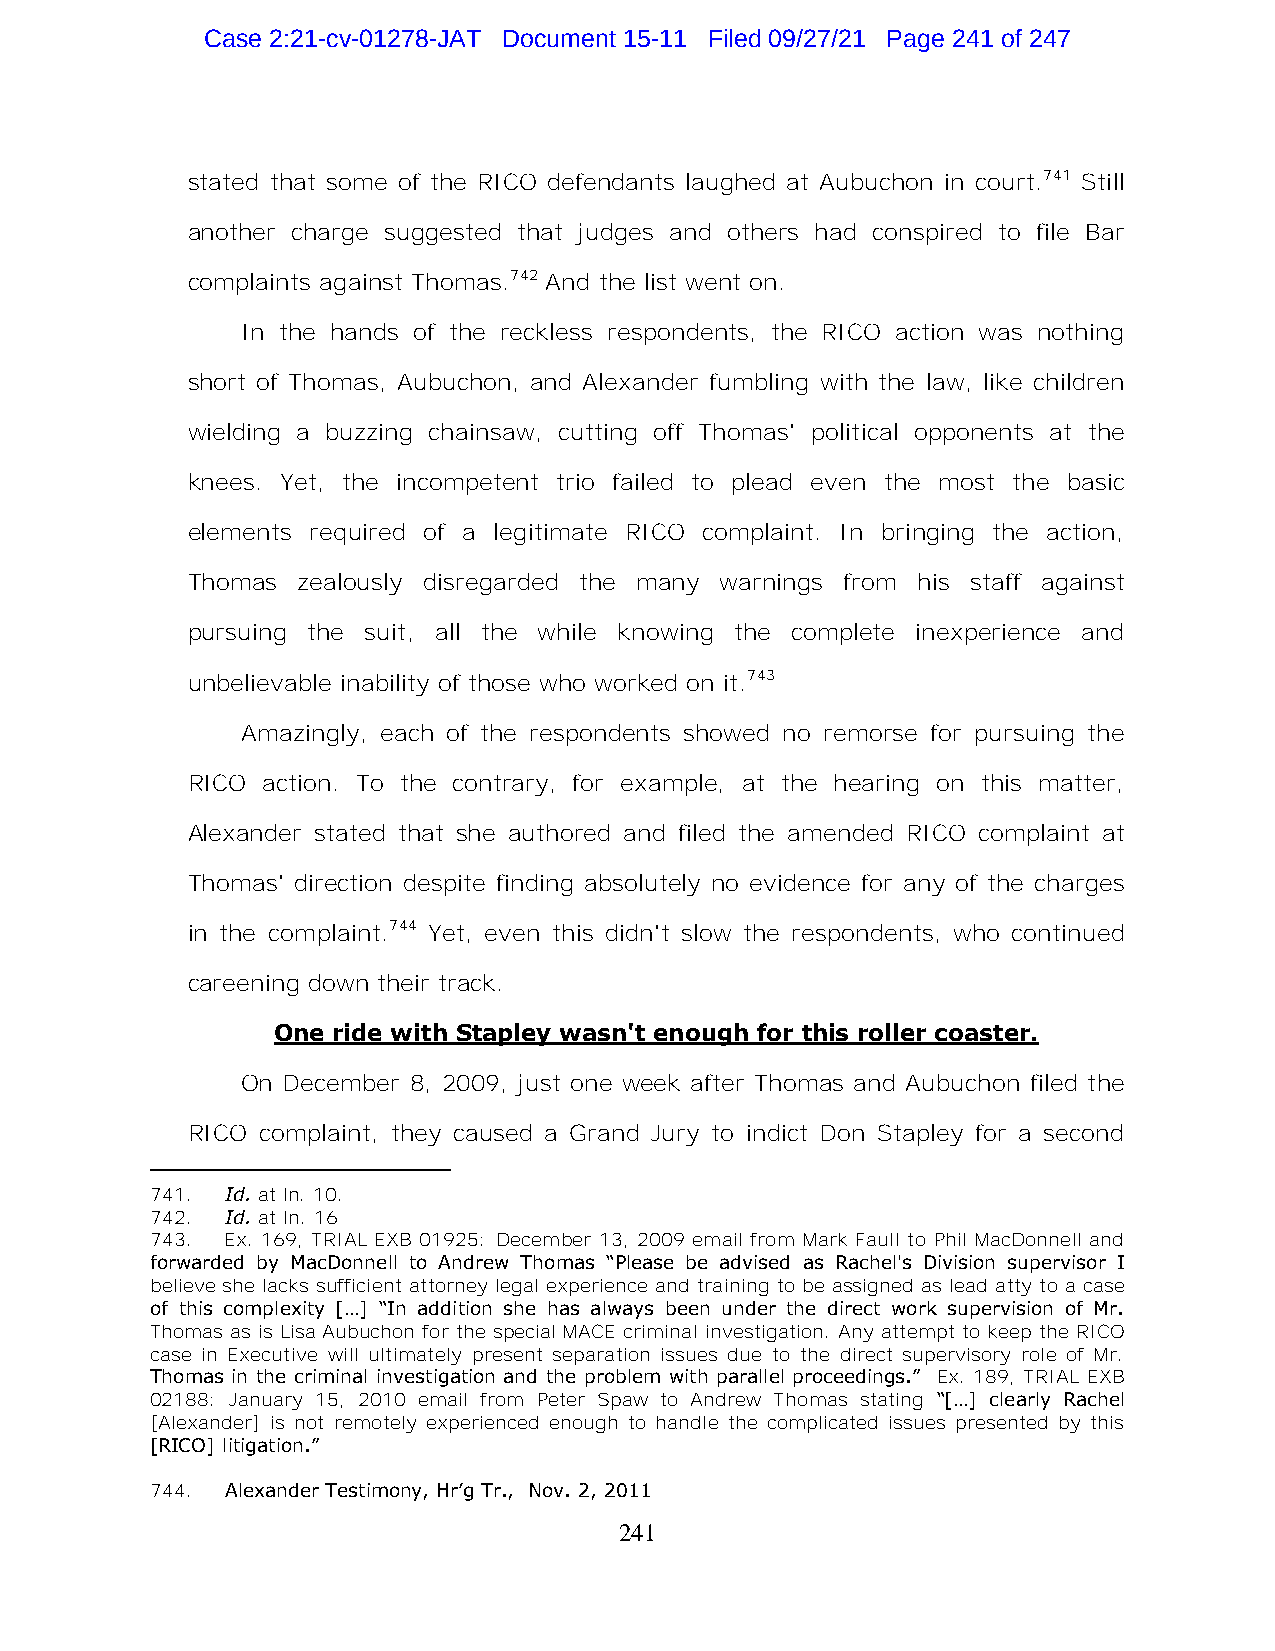
Case 2:21-cv-01278-JAT Document 15-11 Filed 09/27/21 Page 241 of 247
 stated that some of the RICO defendants laughed at Aubuchon in court.741 Still
 another charge suggested that judges and others had conspired to file Bar
 complaints against Thomas.742 And the list went on.
 In the hands of the reckless respondents, the RICO action was nothing
 short of Thomas, Aubuchon, and Alexander fumbling with the law, like children
 wielding a buzzing chainsaw, cutting off Thomas' political opponents at the
 knees. Yet, the incompetent trio failed to plead even the most the basic
 elements required of a legitimate RICO complaint. In bringing the action,
 Thomas  zealously disregarded the many warnings from his staff against
 pursuing the suit, all the while knowing the complete inexperience and
 unbelievable inability of those who worked on it.743
 Amazingly, each of the respondents showed no remorse for pursuing the
 RICO action. To the contrary, for example, at the hearing on this matter,
 Alexander stated that she authored and filed the amended RICO complaint at
 Thomas' direction despite finding absolutely no evidence for any of the charges
 in the complaint.744 Yet, even this didn't slow the respondents, who continued
 careening down their track.
 One ride with Stapley wasn't enough for this roller coaster.
 On December 8, 2009, just one week after Thomas and Aubuchon filed the
 RICO complaint, they caused a Grand Jury to indict Don Stapley for a second
 741. Id. at ln. 10.
 742. Id. at ln. 16
 743. Ex. 169, TRIAL EXB 01925: December 13, 2009 email from Mark Faull to Phil MacDonnell and
 forwarded by MacDonnell to Andrew Thomas “Please be advised as Rachel's Division supervisor I
 believe she lacks sufficient attorney legal experience and training to be assigned as lead atty to a case
 of this complexity […] “In addition she has always been under the direct work supervision of Mr.
 Thomas as is Lisa Aubuchon for the special MACE criminal investigation. Any attempt to keep the RICO
 case in Executive will ultimately present separation issues due to the direct supervisory role of Mr.
 Thomas in the criminal investigation and the problem with parallel proceedings.” Ex. 189, TRIAL EXB
 02188: January 15, 2010 email from Peter Spaw to Andrew Thomas stating “[…] clearly Rachel
 [Alexander] is not remotely experienced enough to handle the complicated issues presented by this
 [RICO] litigation.”
 744. Alexander Testimony, Hr’g Tr., Nov. 2, 2011
 241